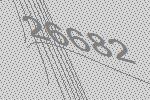
26682